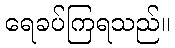
ရေခပ်ကြရသည်။